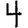
Digit: 4